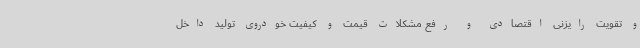
و تقویت رایزنی اقتصادی و رفع مشکلات قیمت و کیفیت خودروی تولید داخل